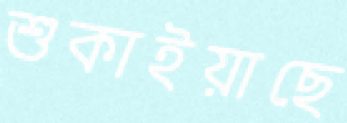
শুকাইয়াছে